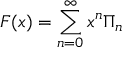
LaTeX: F ( x ) = \sum _ { n = 0 } ^ { \infty } x ^ { n } \Pi _ { n }